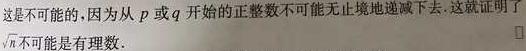
这是不可能的,因为从$p$或$q$开始的正整数不可能无止境地递减下去.这就证明了$\sqrt{n}$不可能是有理数.